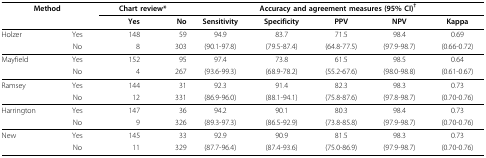
<table><thead><tr><td colspan="2"><b>Method</b></td><td colspan="2"><b>Chart review*</b></td><td colspan="5"><b>Accuracy and agreement measures (95% CI)<sup>†</sup></b></td></tr><tr><td></td><td></td><td><b>Yes</b></td><td><b>No</b></td><td><b>Sensitivity</b></td><td><b>Specificity</b></td><td><b>PPV</b></td><td><b>NPV</b></td><td><b>Kappa</b></td></tr></thead><tbody><tr><td>Holzer</td><td>Yes</td><td>148</td><td>59</td><td>94.9</td><td>83.7</td><td>71.5</td><td>98.4</td><td>0.69</td></tr><tr><td></td><td>No</td><td>8</td><td>303</td><td>(90.1-97.8)</td><td>(79.5-87.4)</td><td>(64.8-77.5)</td><td>(97.9-98.7)</td><td>(0.66-0.72)</td></tr><tr><td>Mayfield</td><td>Yes</td><td>152</td><td>95</td><td>97.4</td><td>73.8</td><td>61.5</td><td>98.5</td><td>0.64</td></tr><tr><td></td><td>No</td><td>4</td><td>267</td><td>(93.6-99.3)</td><td>(68.9-78.2)</td><td>(55.2-67.6)</td><td>(98.0-98.8)</td><td>(0.61-0.67)</td></tr><tr><td>Ramsey</td><td>Yes</td><td>144</td><td>31</td><td>92.3</td><td>91.4</td><td>82.3</td><td>98.3</td><td>0.73</td></tr><tr><td></td><td>No</td><td>12</td><td>331</td><td>(86.9-96.0)</td><td>(88.1-94.1)</td><td>(75.8-87.6)</td><td>(97.8-98.7)</td><td>(0.70-0.76)</td></tr><tr><td>Harrington</td><td>Yes</td><td>147</td><td>36</td><td>94.2</td><td>90.1</td><td>80.3</td><td>98.4</td><td>0.73</td></tr><tr><td></td><td>No</td><td>9</td><td>326</td><td>(89.3-97.3)</td><td>(86.5-92.9)</td><td>(73.8-85.8)</td><td>(97.9-98.7)</td><td>(0.70-0.76)</td></tr><tr><td>New</td><td>Yes</td><td>145</td><td>33</td><td>92.9</td><td>90.9</td><td>81.5</td><td>98.3</td><td>0.73</td></tr><tr><td></td><td>No</td><td>11</td><td>329</td><td>(87.7-96.4)</td><td>(87.4-93.6)</td><td>(75.0-86.9)</td><td>(97.9-98.7)</td><td>(0.70-0.76)</td></tr></tbody></table>